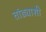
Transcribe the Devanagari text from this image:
तांड्याशी